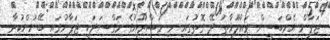
ޖަޕާން އެމްބަސީން މައުލޫމާތު ދޭ ގޮތުގައި މި މަޝްރޫއުގެ މަގްސަދަކީ ޖަޕާނުގައި ބޭނުންކުރާ